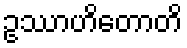
ဥဿာဟိတောတိ